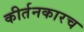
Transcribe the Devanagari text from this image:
कीर्तनकारच